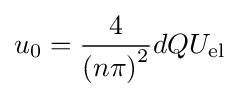
u_{0}={\frac {4}{\left(n\pi \right)^{2}}}dQU_{\mathrm {el} }